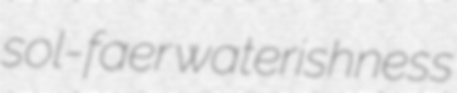
sol-faer waterishness